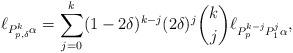
LaTeX: \begin{align*} \ell_{P_{p,\delta}^k \alpha} = \sum_{j=0}^k (1-2\delta)^{k-j} (2\delta)^j \binom{k}{j} \ell_{P_p^{k-j}P_1^j\alpha }, \end{align*}